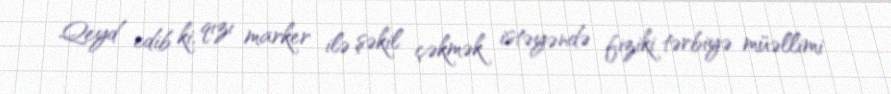
Qeyd edib ki, qızı marker ilə şəkil çəkmək istəyəndə fiziki tərbiyə müəllimi